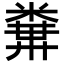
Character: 𥻔